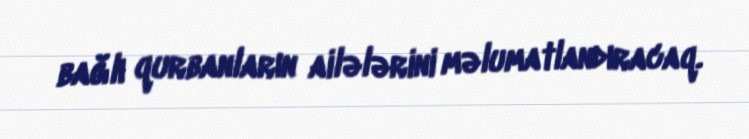
bağlı qurbanların ailələrini məlumatlandıracaq.